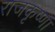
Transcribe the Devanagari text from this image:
राजकृष्णा